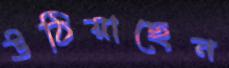
উঠিয়াছেন